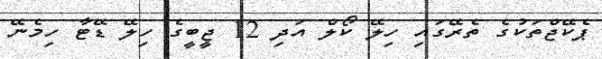
ޕެކޭޖްތަކުގެ ތެރޭގައި ހިލޭ ކޯލް އަދި 12 ޖީބީގެ ހިލޭ ޑޭޓާ ހިމެނޭ